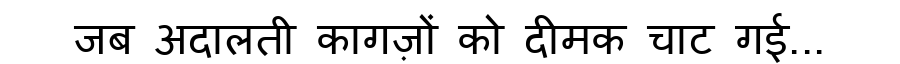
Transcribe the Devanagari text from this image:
जब अदालती कागज़ों को दीमक चाट गई...